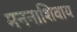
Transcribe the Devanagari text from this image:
मननाशिवाय